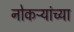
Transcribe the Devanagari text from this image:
नोकऱ्यांच्या